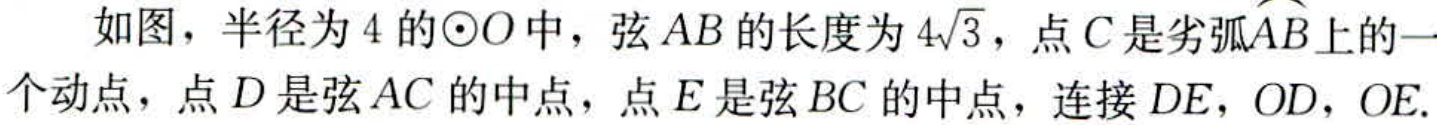
如图，半径为\(4\)的\(\odot O\)中，弦\(AB\)的长度为\(4\sqrt{3}\)，点\(C\)是劣弧\(\overset{\frown}{AB}\)上的一个动点，点\(D\)是弦\(AC\)的中点，点\(E\)是弦\(BC\)的中点，连接\(DE\)，\(OD\)，\(OE\).